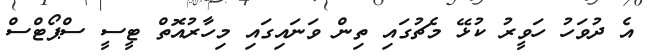
އެ ދުވަހު ހަވީރު ކުޅޭ މެޗުގައި ތިން ވަނައިގައި މިހާރުއޮތް ޓީސީ ސްޕޯޓްސް